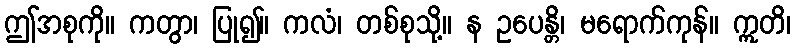
ဤအစုကို။ ကတွာ၊ ပြု၍။ ကလံ၊ တစ်စုသို့။ န ဥပေန္တိ၊ မရောက်ကုန်။ ဣတိ၊